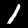
Digit: 1